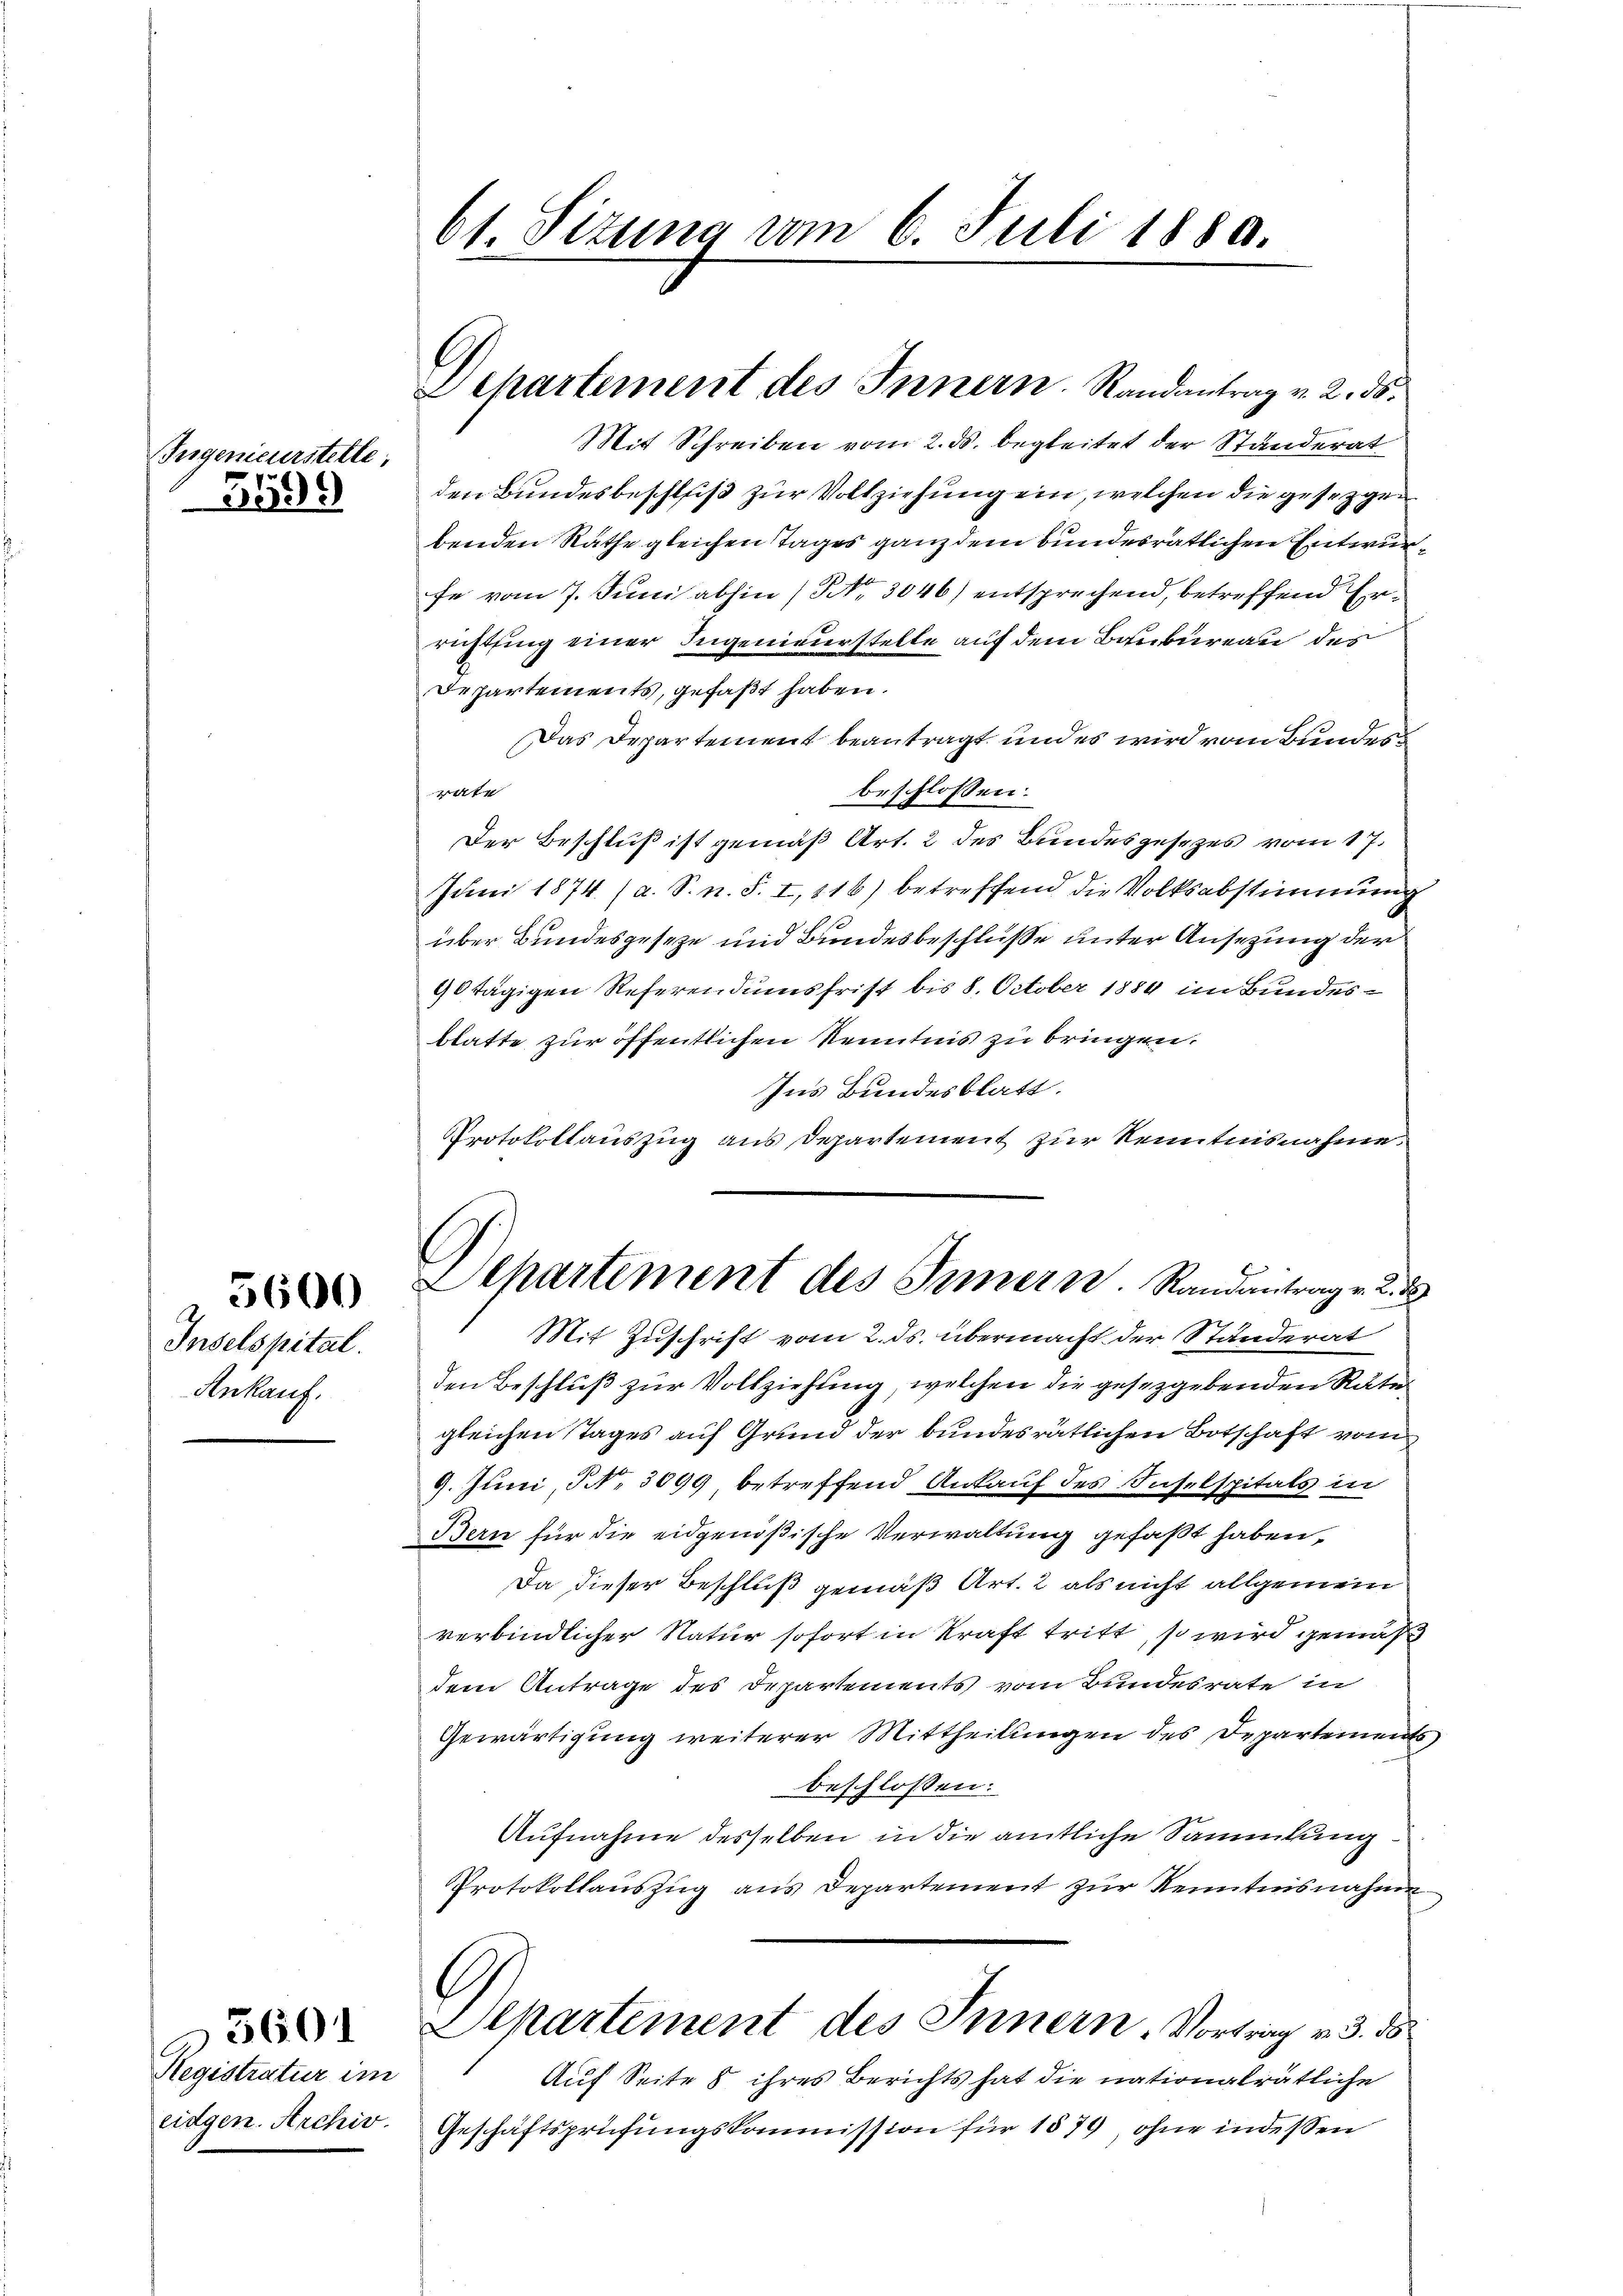
Jugenieurstelle
3599

5600

Inselspital.
Ankauf.

Registratur im

3601

61. Sizung vom 6. Juli 1880.

Departement des Innern. Randantrag v. 2. ds.
Mit Schreiben vom 2. ds. begleitet der Ständerat

Departement des Innern. Randantrag v. 2. 3
1

den Bundesbeschluß zur Vollziehung ein, welchen die gesezgen
benden Räthe gleichen Tages ganz dem bundesrätlichen Entwurfe vom 7. Juni abhin (NNo. 3046) entsprechend, betreffend Errichtung einer Ingenieurstelle auf dem Baubureau des
Departements, gefaßt haben.
Das Departement beantragt und es wird vom Bundes
beschlossen:
rate
Der Beschluß ist gemäß Art. 2 des Bundesgesezes vom 17.
Juni 1874. (a. S. n. F. I,116) betreffend die Volksabstimmung
über Bundesgeseze und Bundesbeschluße unter Ansezung der
90tägigen Referendumsfrist bis 8. October 1889 im Bundesblatte zur öffentlichen Kenntnis zu bringen.
Ins Bundesblatt.
Protokollauszug aus Departement zur Kenntnisnahme
Mit Zuschrift vom 2. ds. übermacht der Ständerat
den Beschluß zur Vollziehung, welchen die gesetzgebenden Rate
gleichen Tages auf Grund der bundesrätlichen Botschaft vom
9. Juni, S. 3099 betreffend Ankauf des Inselspitals in
Bern für die eidgenößische Verwaltung gefaßt haben,
Da dieser Beschluß gemäß Art. 2 als nicht allgemein
verbindlicher Natur sofort in Kraft tritt, so wird gemäß
dem Antrage des Departements vom Bundesrate in
Gewärtigung weiterer Mittheilungen des Departement
beschlossen:
Aufnahme desselben in die amtliche Sammlung
Protokollauszug aus Departement zur Kenntnisnahme
Departement des Innern, Vortrag v. 3. ds
Auf Seite 8 ihres Berichts hat die nationalrätliche
eidgen. Archiv. Geschäftsprüfŭngskommission für 1879, ohne indessen